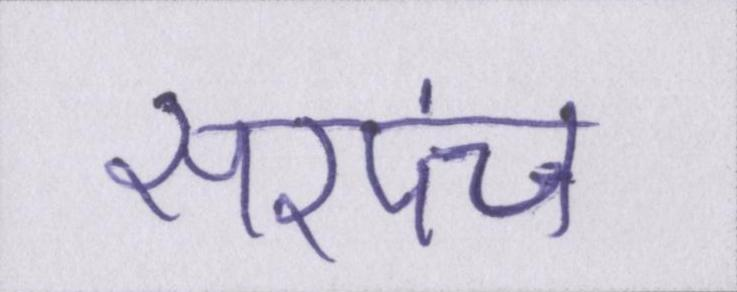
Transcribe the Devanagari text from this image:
सरपंच